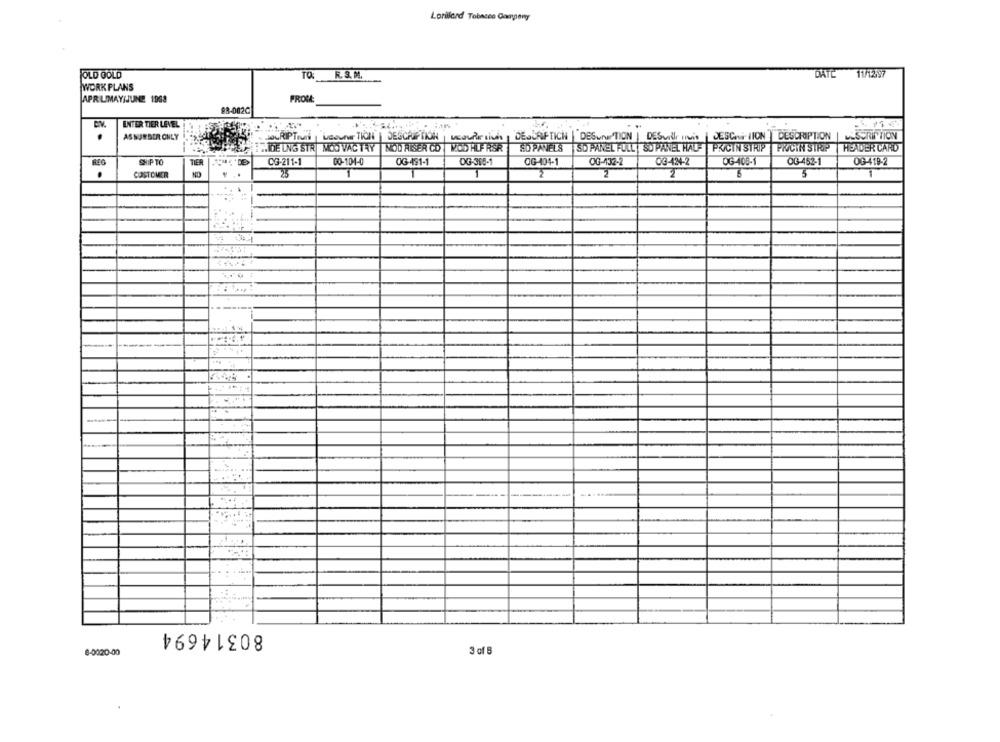
Lorillard Tobacco Company
OLD GOLD
TO:
R. S. M.
DATE 11/12597
WORK PLANS
APRUIMAY/JUNE 1998
FROM:
98-002C
ENTER TIER LEVEL
.
ASSUNBER ONLY
souRiPTmai | Usounor TION | DESCRIPTION , restriction, DESURFTICH | DESunTION | DESMillions | DESCRIPTION DESCRIPTION
DESCRIPTION
RIDE ING STR MOD VAC THY | NOD RISSER CO |MOD HLF RSR
SD PANELS |SD PANEL FULL | SO PANEL HALF
PRICIN STRIP PWCIN SIRP
HEADER CARD
REG
SHIP TO
TIER
CG-211-1
00-104-0
OG-491-1
OG-365-1
OG-404-1
OG-132-2
03-424-2
DG-408-1
OG-452-1
OG-419-2
.
CUSTOMER
. ..
25
1
1
2
2
2
6
1
--.
80314694
8-0020-00
3 of 5